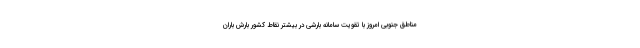
مناطق جنوبی امروز با تقویت سامانه بارشی در بیشتر نقاط کشور بارش باران